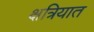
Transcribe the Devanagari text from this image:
क्षत्रियात